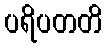
ပရိပတတိ